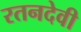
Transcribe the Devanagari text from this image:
रतनदेवी